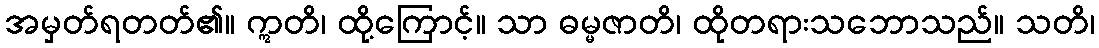
အမှတ်ရတတ်၏။ ဣတိ၊ ထို့ကြောင့်။ သာ ဓမ္မဇာတိ၊ ထိုတရားသဘောသည်။ သတိ၊